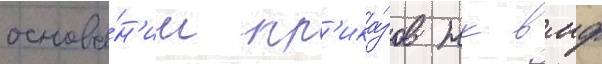
основа́н'ии пр'ика́зов нк вмф